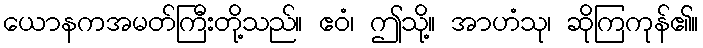
ယောနကအမတ်ကြီးတို့သည်။ ဧဝံ၊ ဤသို့။ အာဟံသု၊ ဆိုကြကုန်၏။